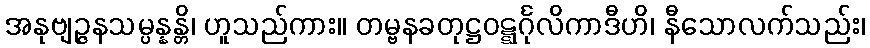
အနုဗျဉ္ဇနသမ္ပန္နန္တိ၊ ဟူသည်ကား။ တမ္ဗနခတုဋ္ဌဝဋ္ဋင်္ဂုလိကာဒီဟိ၊ နီသောလက်သည်း၊